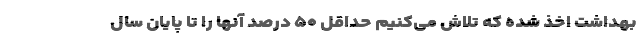
بهداشت اخذ شده که تلاش می‌کنیم حداقل ۵۰ درصد آنها را تا پایان سال